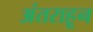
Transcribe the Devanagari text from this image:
अंतराहून